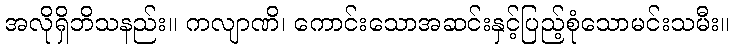
အလိုရှိဘိသနည်း။ ကလျာဏိ၊ ကောင်းသောအဆင်းနှင့်ပြည့်စုံသောမင်းသမီး။